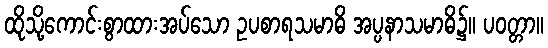
ထိုသို့ကောင်းစွာထားအပ်သော ဥပစာရသမာဓိ အပ္ပနာသမာဓိ၌။ ပဝတ္တာ။